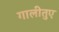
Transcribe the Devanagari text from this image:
गालीतुए